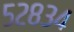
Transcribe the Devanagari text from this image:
५२८३४